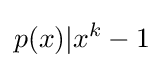
p(x)|x^{k}-1